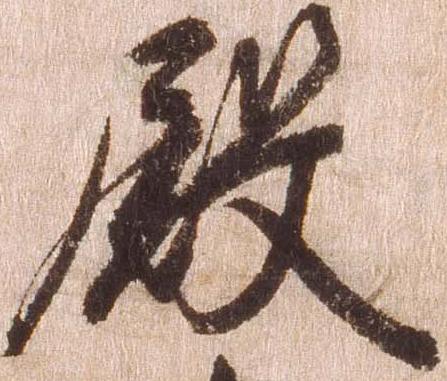
殿